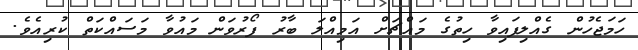
ހަމަޖެހުން ގެއްލިފައިވާ ހިތުގެ މައްޗަށް އަމިއްލަ ބާރު ފޯރުވަން މައުވާ މަސައްކަތް ކުރިއެވެ.